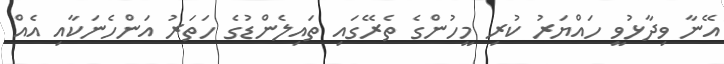
އޭނާ ވިދާޅުވީ ހައްޔަރު ކުރި މީހުންގެ ތެރޭގައި ތައިލެންޑުގެ ހަތަރު އަންހެނަކާއި އެއް